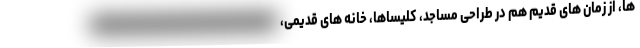
ها، از زمان های قدیم هم در طراحی مساجد، کلیساها، خانه های قدیمی،